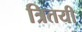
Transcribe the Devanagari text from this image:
त्रितयी